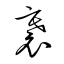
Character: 褰